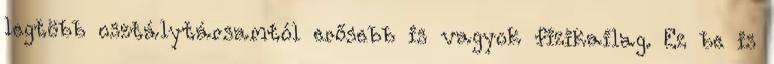
legtöbb osztálytársamtól erősebb is vagyok fizikailag. Ez be is